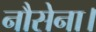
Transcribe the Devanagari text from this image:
नौसेना।